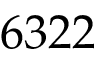
6 3 2 2